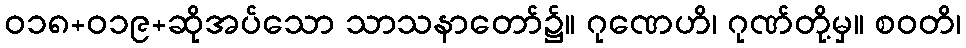
ဝ၁၈+၀၁၉+ဆိုအပ်သော သာသနာတော်၌။ ဂုဏေဟိ၊ ဂုဏ်တို့မှ။ စဝတိ၊